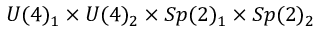
U ( 4 ) _ { 1 } \times U ( 4 ) _ { 2 } \times S p ( 2 ) _ { 1 } \times S p ( 2 ) _ { 2 }